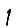
Digit: 1